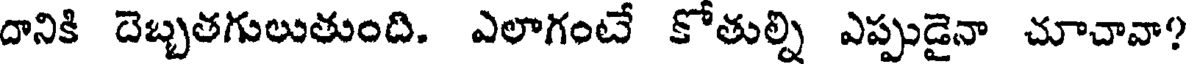
దానికి దెబ్బతగులుతుంది. ఎలాగంటే కోతుల్ని ఎప్పుడైనా చూచావా?